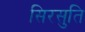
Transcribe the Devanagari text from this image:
सिरसुति